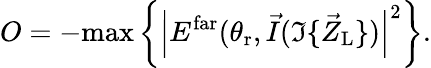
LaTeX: O=-\mathrm{max}\left\{ \left|E^{\mathrm{far}}(\theta_{\mathrm{r}},\vec{I}(\Im\{ \vec{Z}_{\mathrm{L}}\} )\right|^{2}\right\} .